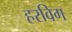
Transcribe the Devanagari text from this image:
हरविग